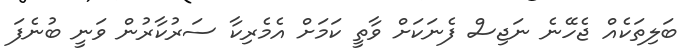
ބަލިތަކެއް ޖެހޭނެ ނަޖިސް ފެނަކަށް ވާތީ ކަމަށް އެމެރިކާ ސަރުކާރުން ވަނީ ބުނެފަ